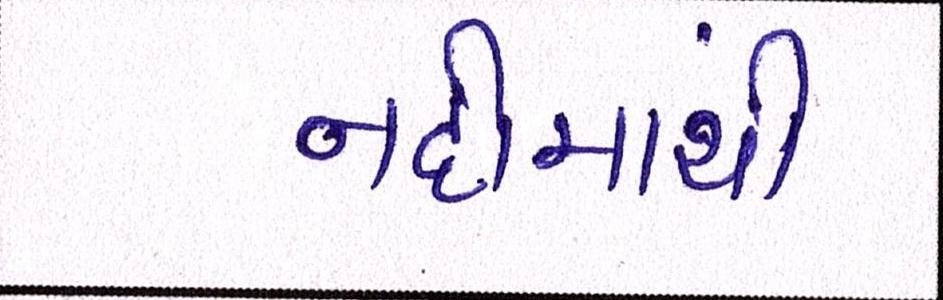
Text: નદીમાંથી